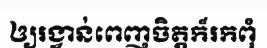
ឲ្យរង្វាន់ពេញចិត្តក៏រកពុំ